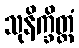
သုနိက္ခိတ္တံ